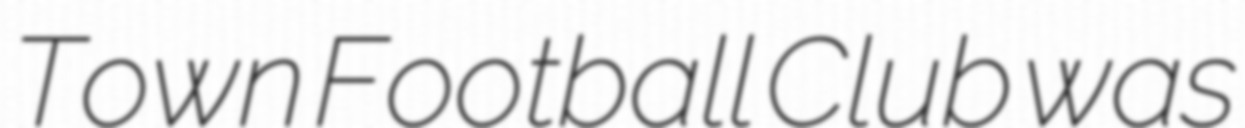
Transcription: Town Football Club was